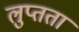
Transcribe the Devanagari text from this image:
लुप्तता